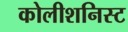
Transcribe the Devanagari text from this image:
कोलीशनिस्ट